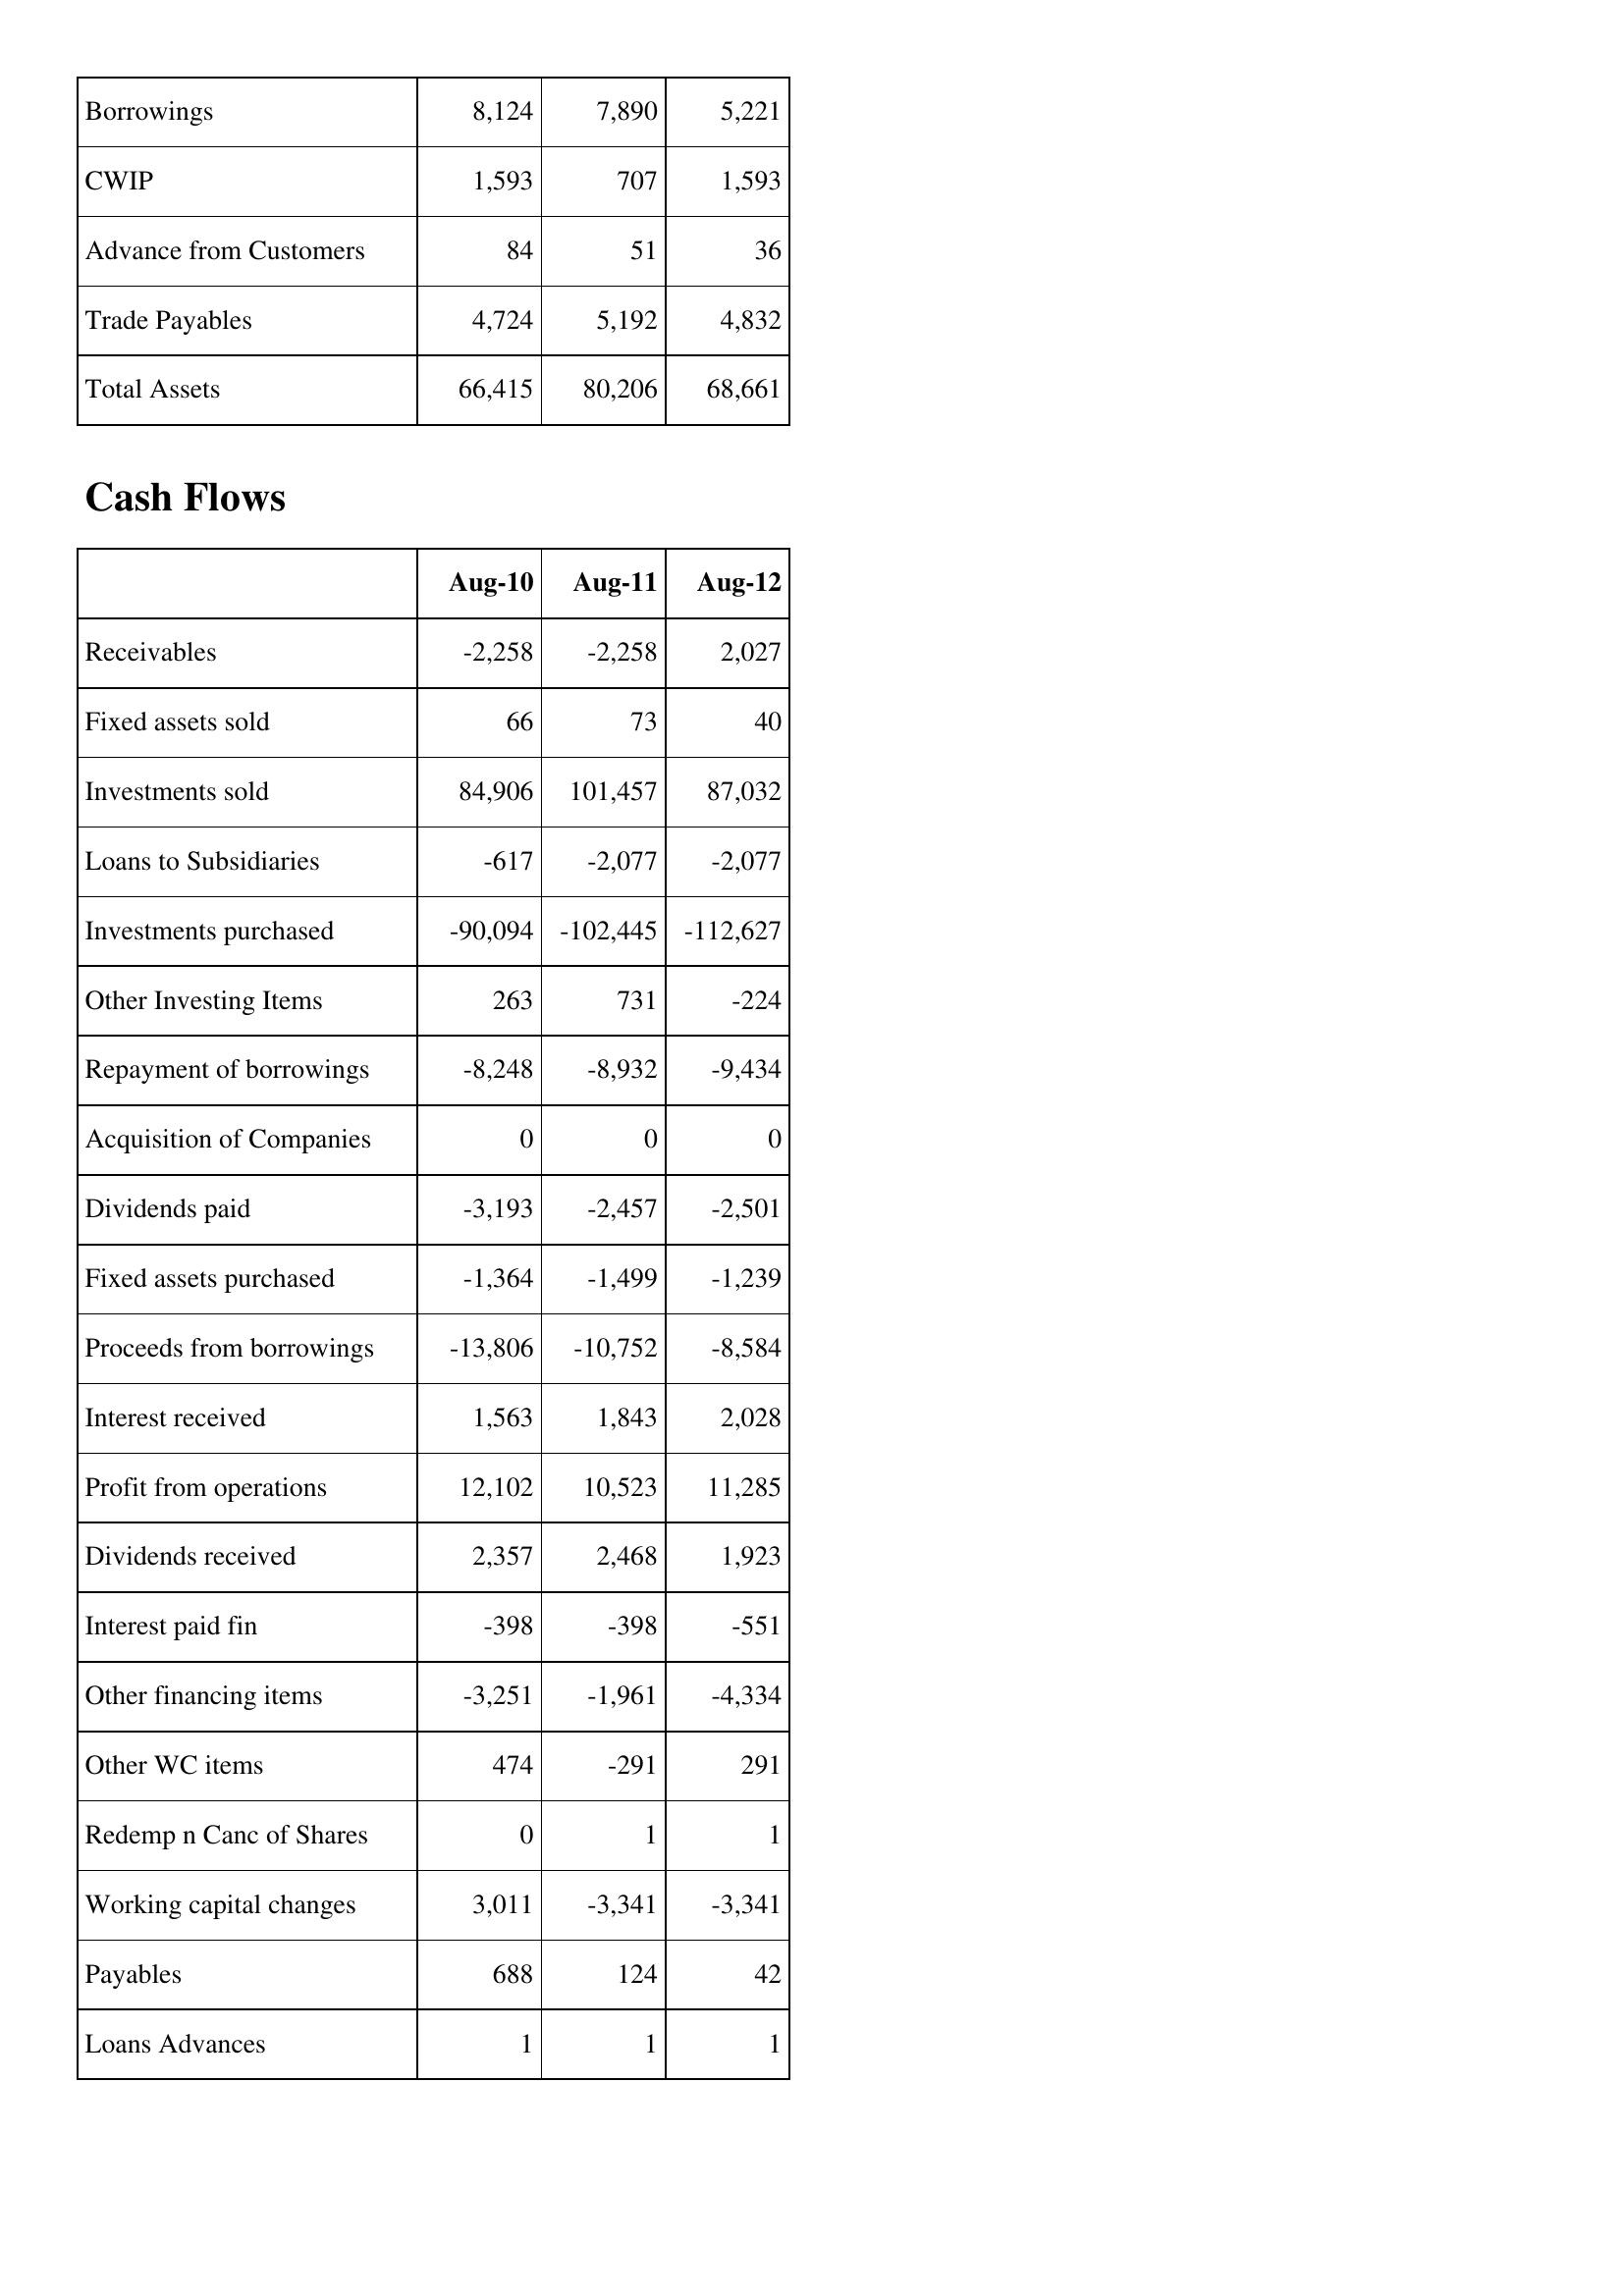
Aug-10: Balance Sheet: Borrowings: 8,124
CWIP: 1,593
Advance from Customers: 84
Trade Payables: 4,724
Total Assets: 66,415
Cash Flows: Receivables: -2,258
Fixed assets sold: 66
Investments sold: 84,906
Loans to Subsidiaries: -617
Investments purchased: -90,094
Other Investing Items: 263
Repayment of borrowings: -8,248
Acquisition of Companies: 0
Dividends paid: -3,193
Fixed assets purchased: -1,364
Proceeds from borrowings: -13,806
Interest received: 1,563
Profit from operations: 12,102
Dividends received: 2,357
Interest paid fin: -398
Other financing items: -3,251
Other WC items: 474
Redemp n Canc of Shares: 0
Working capital changes: 3,011
Payables: 688
Loans Advances: 1
Aug-11: Balance Sheet: Borrowings: 7,890
CWIP: 707
Advance from Customers: 51
Trade Payables: 5,192
Total Assets: 80,206
Cash Flows: Receivables: -2,258
Fixed assets sold: 73
Investments sold: 101,457
Loans to Subsidiaries: -2,077
Investments purchased: -102,445
Other Investing Items: 731
Repayment of borrowings: -8,932
Acquisition of Companies: 0
Dividends paid: -2,457
Fixed assets purchased: -1,499
Proceeds from borrowings: -10,752
Interest received: 1,843
Profit from operations: 10,523
Dividends received: 2,468
Interest paid fin: -398
Other financing items: -1,961
Other WC items: -291
Redemp n Canc of Shares: 1
Working capital changes: -3,341
Payables: 124
Loans Advances: 1
Aug-12: Balance Sheet: Borrowings: 5,221
CWIP: 1,593
Advance from Customers: 36
Trade Payables: 4,832
Total Assets: 68,661
Cash Flows: Receivables: 2,027
Fixed assets sold: 40
Investments sold: 87,032
Loans to Subsidiaries: -2,077
Investments purchased: -112,627
Other Investing Items: -224
Repayment of borrowings: -9,434
Acquisition of Companies: 0
Dividends paid: -2,501
Fixed assets purchased: -1,239
Proceeds from borrowings: -8,584
Interest received: 2,028
Profit from operations: 11,285
Dividends received: 1,923
Interest paid fin: -551
Other financing items: -4,334
Other WC items: 291
Redemp n Canc of Shares: 1
Working capital changes: -3,341
Payables: 42
Loans Advances: 1